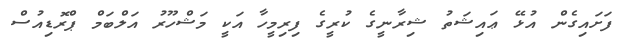
ފަށައިގެން އުޅޭ ޢައިޝަތު ޝިރާނީގެ ކުރީގެ ފިރިމީހާ އަކީ މަޝްހޫރު އަލްބަމް ޕްރޮޑިއުސް